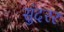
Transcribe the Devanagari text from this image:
सुंदरर